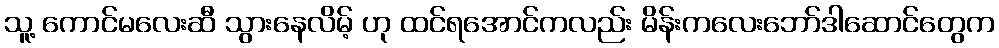
သူ့ ကောင်မလေးဆီ သွားနေလိမ့် ဟု ထင်ရအောင်ကလည်း မိန်းကလေးဘော်ဒါဆောင်တွေက